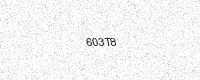
Text: 603T8